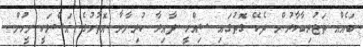
ބައެއް ތަޖުރިބާކާރުން ދެކޭ ގޮތުގައި ސިއްހީ ދާއިރާ ކުރިނާރާ އޮތުމުގެ އަސްލަކީ މީހުން